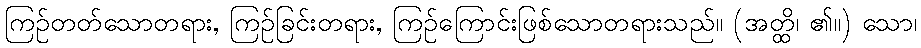
ကြဉ်တတ်သောတရား, ကြဉ်ခြင်းတရား, ကြဉ်ကြောင်းဖြစ်သောတရားသည်။ (အတ္ထိ၊ ၏။) သော၊